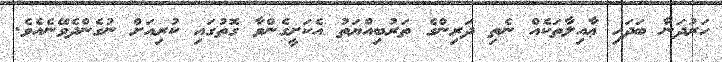
ހަރުދަނާ ބަދަހި ޢާއިލާތަކެއް ނެތި ދަރިންގެ ތަރުބިއްޔަތު އެކަށީގެންވާ ގޮތުގައި ކުރިއަށް ނުގެންދެވޭނެއެވެ.